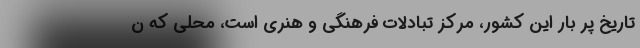
تاریخ پُر بار این کشور، مرکز تبادلات فرهنگی و هنری است، محلی که ن